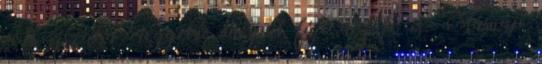
volt éjszaka, reggelre megint fájt a füle is. Másnap